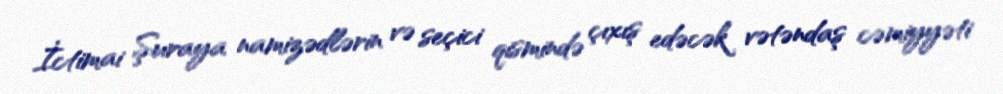
İctimai Şuraya namizədlərin və seçici qismində çıxış edəcək vətəndaş cəmiyyəti